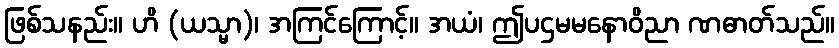
ဖြစ်သနည်း။ ဟိ (ယသ္မာ)၊ အကြင်ကြောင့်။ အယံ၊ ဤပဌမမနောဝိညာ ဏဓာတ်သည်။